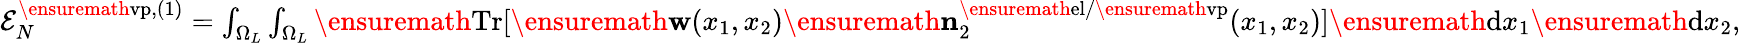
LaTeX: \begin{array}{r}{{\cal E}_{N}^{\ensuremath{\mathrm{vp}},(1)}=\int_{\Omega_{L}}\int_{\Omega_{L}}\ensuremath{\mathrm{Tr}}[\ensuremath{\mathbf{w}}(x_{1},x_{2})\ensuremath{\mathbf{n}}_{2}^{\ensuremath{\mathrm{el}}/\ensuremath{\mathrm{vp}}}(x_{1},x_{2})]\ensuremath{\mathrm{d}}x_{1}\ensuremath{\mathrm{d}}x_{2},}\end{array}